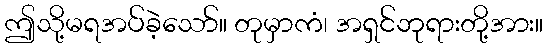
ဤသို့မရအပ်ခဲ့သော်။ တုမှာကံ၊ အရှင်ဘုရားတို့အား။